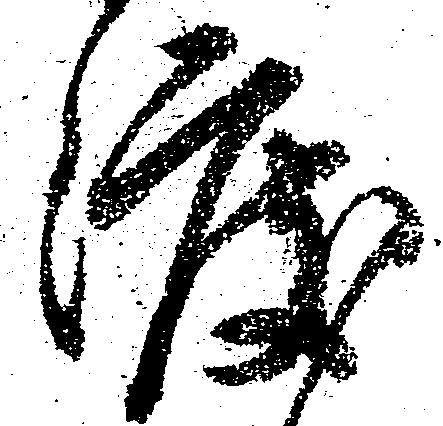
渡